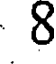
8